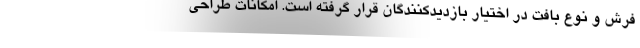
فرش و نوع بافت در اختیار بازدیدکنندگان قرار گرفته است. امکانات طراحی